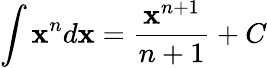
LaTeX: \int\mathbf{x}^{n}d\mathbf{x}=\frac{{\mathbf{x}^{n+1}}}{{n+1}}+C